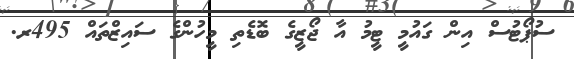
ސުޕޯޓުސް އިން ގައުމީ ޓީމު އާ ޖޯޒީގެ ބޮޑެތި މީހުންގެ ސައިޒްތައް 495ރ.